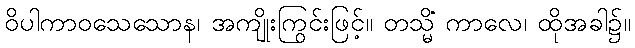
ဝိပါကာဝသေသောန၊ အကျိုးကြွင်းဖြင့်။ တသ္မိံ ကာလေ၊ ထိုအခါ၌။